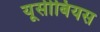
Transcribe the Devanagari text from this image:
यूसीबियस